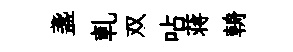
盞軋双呫蒋輈